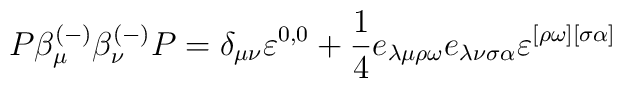
P\beta _\mu ^{(-)}\beta _\nu ^{(-)}P=\delta _{\mu \nu }\varepsilon^{0,0}+\frac 14e_{\lambda \mu \rho \omega }e_{\lambda \nu \sigma \alpha}\varepsilon ^{[\rho \omega ][\sigma \alpha ]}